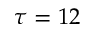
\tau = 1 2